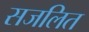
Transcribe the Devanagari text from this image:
सजलित